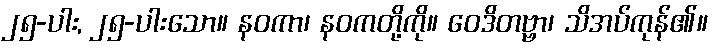
၂၅-ပါး, ၂၅-ပါးသော။ နဝကာ၊ နဝကတို့ကို။ ဝေဒိတဗ္ဗာ၊ သိအပ်ကုန်၏။